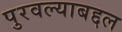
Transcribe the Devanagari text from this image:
पुरवल्याबद्दल